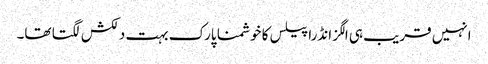
انہیں قریب ہی الگزانڈرا پیلس کا خوشمنا پارک بہت دلکش لگتا تھا۔